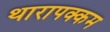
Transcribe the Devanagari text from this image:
थारापक्कम